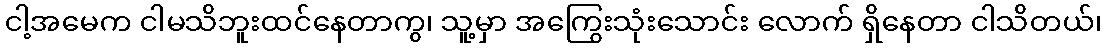
ငါ့အမေက ငါမသိဘူးထင်နေတာကွ၊ သူ့မှာ အကြွေးသုံးသောင်း လောက် ရှိနေတာ ငါသိတယ်၊